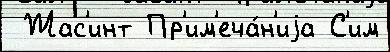
 Жас'инт Пр'им'еча́н'иjа С'им